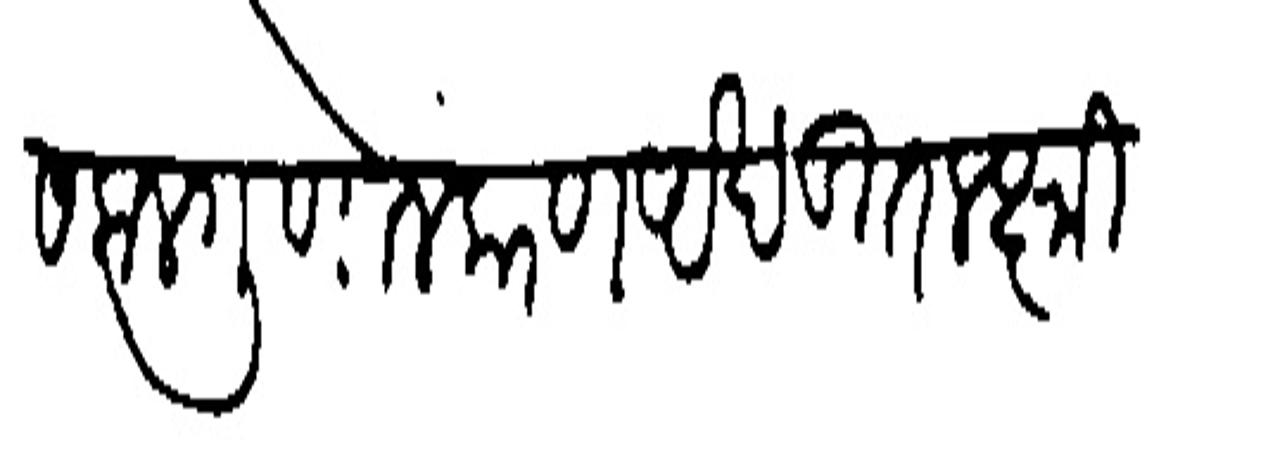
Transliteration (Devanagari): सकरगुणालंकरण अखंडित लक्ष्मी